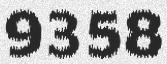
9358